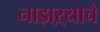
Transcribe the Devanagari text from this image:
नाझऱ्याचे